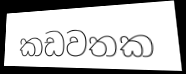
කඩවතක